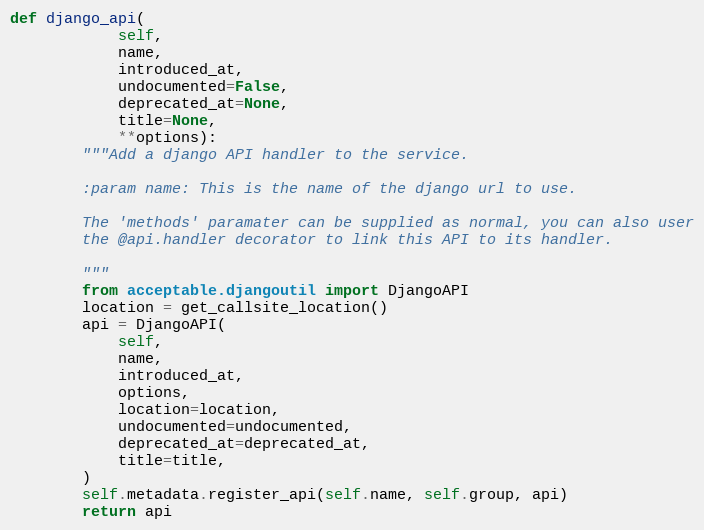
Language: Python
def django_api(
            self,
            name,
            introduced_at,
            undocumented=False,
            deprecated_at=None,
            title=None,
            **options):
        """Add a django API handler to the service.

        :param name: This is the name of the django url to use.

        The 'methods' paramater can be supplied as normal, you can also user
        the @api.handler decorator to link this API to its handler.

        """
        from acceptable.djangoutil import DjangoAPI
        location = get_callsite_location()
        api = DjangoAPI(
            self,
            name,
            introduced_at,
            options,
            location=location,
            undocumented=undocumented,
            deprecated_at=deprecated_at,
            title=title,
        )
        self.metadata.register_api(self.name, self.group, api)
        return api